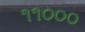
૧૧૦૦૦